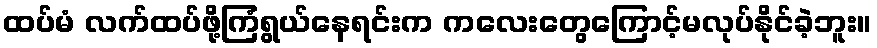
ထပ်မံ လက်ထပ်ဖို့ကြံရွယ်နေရင်းက ကလေးတွေကြောင့်မလုပ်နိုင်ခဲ့ဘူး။